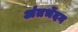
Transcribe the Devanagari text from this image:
अंतर्भेदन